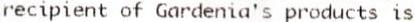
RECIPIENT OF GARDENIA'S PRODUCTS IS